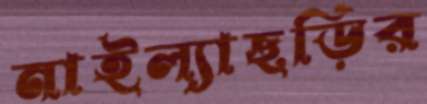
নাইল্যাছড়ির